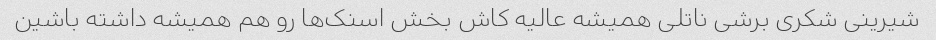
شیرینی شکری برشی ناتلی همیشه عالیه کاش بخش اسنک‌ها رو هم همیشه داشته باشین